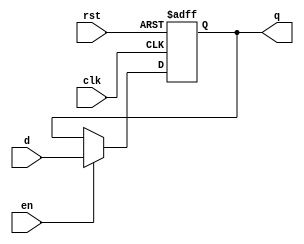
module OutputRegister (
    input wire clk,      // Clock input
    input wire rst,      // Asynchronous reset input
    input wire en,       // Enable signal
    input wire [N-1:0] d, // Data input
    output reg [N-1:0] q  // Output register
);
    parameter N = 8; // Width of the register (can be adjusted)

    // Asynchronous reset and synchronous data capture
    always @(posedge clk or posedge rst) begin
        if (rst) begin
            q <= {N{1'b0}}; // Clear the register to zero
        end else if (en) begin
            q <= d; // Capture data on clock edge if enabled
        end
        // If not enabled, retain the previous value of q
    end

endmodule